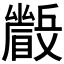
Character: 𱳕